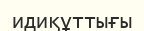
идиқұттығы